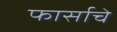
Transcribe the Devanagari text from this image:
फार्साचे